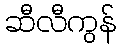
ဆီလီကွန်